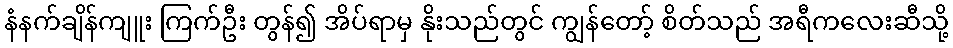
နံနက်ချိန်ကျူး ကြက်ဦး တွန်၍ အိပ်ရာမှ နိုးသည်တွင် ကျွန်တော့် စိတ်သည် အရီကလေးဆီသို့